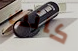
كانت